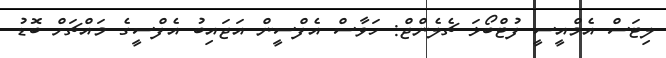
ލިޓަސް އެމްއީސީ ފުޓްބޯޅަ ޗެލެންޖް: ހަވާސް އެފްސީން އަޖައިބު އެފްސީގެ މައްޗަށް ބޮޑު